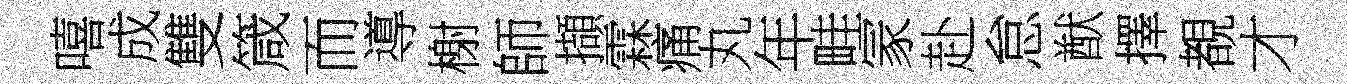
嘻成雙箴而導榭師擷霖痛丸年畦冡赴怠猷擇覩才